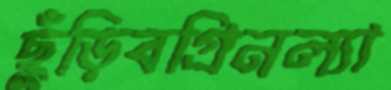
ছুঁড়িবগ্রিনল্যা